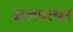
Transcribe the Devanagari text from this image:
अलपत्थर